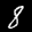
Label: 8